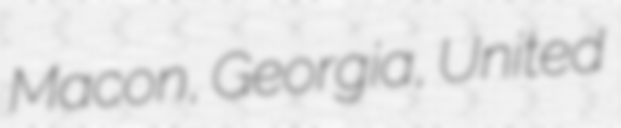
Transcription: Macon, Georgia, United